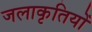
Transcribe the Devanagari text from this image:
जलाकृतियों